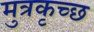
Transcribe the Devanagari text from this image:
मुत्रकृच्छ